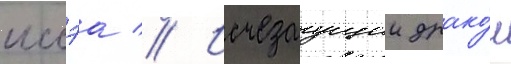
иссэа // Исчезаущии драко́н